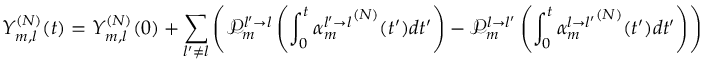
Y _ { m , l } ^ { ( N ) } ( t ) = Y _ { m , l } ^ { ( N ) } ( 0 ) + \sum _ { l ^ { \prime } \neq l } \left( \mathcal { P } _ { m } ^ { l ^ { \prime } \rightarrow l } \left( \int _ { 0 } ^ { t } { \alpha _ { m } ^ { l ^ { \prime } \rightarrow l } } ^ { ( N ) } ( t ^ { \prime } ) d t ^ { \prime } \right) - \mathcal { P } _ { m } ^ { l \rightarrow l ^ { \prime } } \left( \int _ { 0 } ^ { t } { \alpha _ { m } ^ { l \rightarrow l ^ { \prime } } } ^ { ( N ) } ( t ^ { \prime } ) d t ^ { \prime } \right) \right)